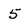
Character: 5